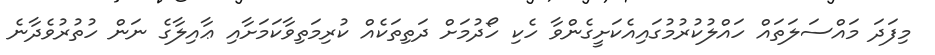
މިފަދަ މައްސަލަތައް ހައްލުކުރުމުގައިއެކަށީގެންވާ ހެކި ހޯދުމަށް ދަތިތަކެއް ކުރިމަތިވާކަމަށާއި ޢާއިލާގެ ނަން ހުތުރުވެދާނެ